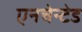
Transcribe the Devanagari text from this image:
एनचेन्टेड